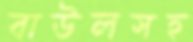
বাউলসহ